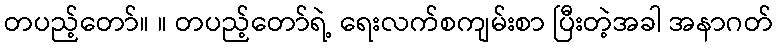
တပည့်တော်။ ။ တပည့်တော်ရဲ့ ရေးလက်စကျမ်းစာ ပြီးတဲ့အခါ အနာဂတ်